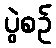
ပွဲစဉ်